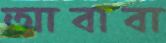
আবাবা